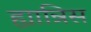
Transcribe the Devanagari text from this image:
ह्यान्निस